Reports on dispensaries and lunatic asylums in the Province of Oudh - 1869-1876
Year: 1869
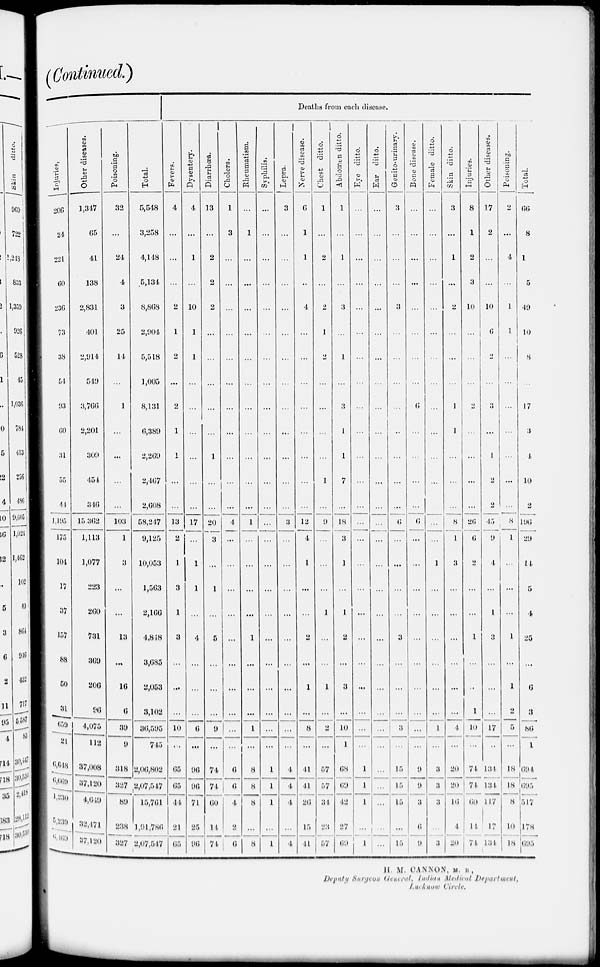
(Continued.)
Injuries.
206
24
221
60
236
73
38
54
93
60
31
55
44
1,195
175
104
17
37
157
88
50
31
659
21
6,648
6,669
1,230
5,239
6,469
Other diseases.
1,347
65
41
138
2,831
401
2,914
549
3,766
2,201
309
454
346
15,362
1,113
1,077
223
260
734
369
206
96
4,075
112
37,008
37,120
4,649
32,471
37,120
Poisoning.
32
...
24
4
3
25
44
...
1
...
...
...
...
103
1
3
...
...
13
...
16
6
39
9
318
327
89
238
327
Total.
5,548
3,258
4,148
5,134
8,868
2,904
5,518
1,005
8,131
6,389
2,269
2,467
2,608
58,247
9,125
10,053
1,563
2,166
4,848
3,685
2,053
3,102
36,595
745
2,06,802
2,07,547
15,761
1,91,786
2,07,547
Deaths from each disease.
Fevers.
4
...
...
...
2
1
2
...
2
1
1
...
...
13
2
1
3
1
3
...
...
...
10
...
65
65
44
21
65
Dysentery.
4
...
1
...
10
1
1
...
...
...
...
...
...
17
...
1
1
...
4
...
...
...
6
...
96
96
71
25
96
Diarrhœa.
13
...
2
2
2
...
...
...
...
...
1
...
...
20
3
...
1
...
5
...
...
...
9
...
74
74
60
14
74
Cholera.
1
3
...
...
...
...
...
...
...
...
...
...
...
4
...
...
...
...
...
...
...
...
...
...
6
6
4
2
6
Rheumatism.
...
1
...
...
...
...
...
...
...
...
...
...
...
1
...
...
...
...
1
...
...
...
1
...
8
8
8
...
8
Syphilis.
...
...
...
...
...
...
...
...
...
...
...
...
...
...
...
...
...
...
...
...
...
...
...
...
4
1
1
...
1
Lepra.
3
...
...
...
...
...
...
...
...
...
...
...
...
3
...
...
...
...
...
...
...
...
...
...
4
4
4
...
4
Nerve disease.
6
1
1
...
4
...
...
...
...
...
...
...
...
12
4
1
...
...
2
...
1
...
8
...
44
44
26
15
41
Chest ditto.
1
...
2
...
2
1
2
...
...
...
...
1
...
9
...
...
...
1
...
...
1
...
2
...
57
57
34
23
57
Abdomen ditto.
1
...
1
...
3
...
1
...
3
1
1
7
...
18
3
1
...
1
2
...
3
...
10
1
68
69
42
27
69
Eye ditto.
...
...
...
...
...
...
...
...
...
...
...
...
...
...
...
...
...
...
...
...
...
...
...
...
1
1
1
...
1
Ear ditto.
...
...
...
...
...
...
...
...
...
...
...
...
...
...
...
...
...
...
...
...
...
...
...
...
...
...
...
...
...
Genito-urinary.
3
...
...
...
3
...
...
...
...
...
...
...
...
6
...
...
...
...
3
...
...
...
3
...
15
15
15
...
15
Bone disease.
...
...
...
...
...
...
...
...
6
...
...
...
...
6
...
...
...
...
...
...
...
...
...
...
9
9
3
6
9
Female ditto.
...
...
...
...
...
...
...
...
...
...
...
...
...
...
...
1
...
...
...
...
...
...
1
...
3
3
3
...
3
Skin ditto.
3
...
1
...
2
...
...
...
1
1
...
...
...
8
1
3
...
...
...
...
...
...
4
...
20
20
16
4
20
Injuries.
8
1
2
3
10
...
...
...
2
...
...
...
...
26
6
2
...
...
1
...
...
1
10
...
74
74
60
14
74
Other diseases.
17
2
...
...
10
6
2
...
3
...
1
2
2
45
9
4
...
1
3
...
...
...
17
...
134
134
117
17
134
Poisoning.
2
...
4
...
1
1
...
...
...
...
...
...
...
8
1
...
...
...
1
...
1
2
5
...
18
18
8
10
18
Total.
66
8
1
5
49
10
8
...
17
3
4
10
2
196
29
44
5
4
25
...
6
3
86
1
694
695
517
178
695
H. M. CANNON, M. B.,
Deputy Surgeon General, Indian Medical Department,
Lucknow Circle.